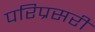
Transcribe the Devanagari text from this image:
परिप्रसरी